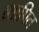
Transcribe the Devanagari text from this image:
व्थापित